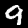
Digit: 9